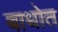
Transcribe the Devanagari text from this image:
बाधोत